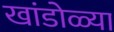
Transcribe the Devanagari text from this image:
खांडोळ्या